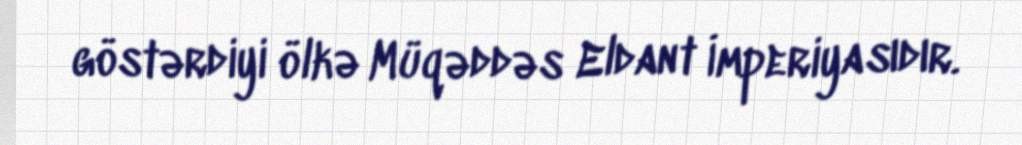
göstərdiyi ölkə Müqəddəs Eldant İmperiyasıdır.